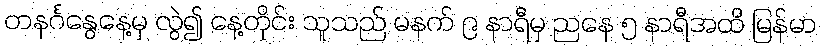
တနင်္ဂနွေနေ့မှ လွဲ၍ နေ့တိုင်း သူသည် မနက် ၉ နာရီမှ ညနေ ၅ နာရီအထိ မြန်မာ